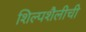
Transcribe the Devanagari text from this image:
शिल्पशैलीची